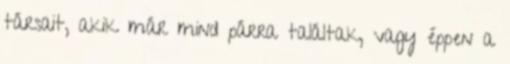
társait, akik már mind párra találtak, vagy éppen a